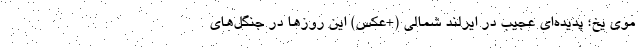
موی یخ؛ پدیده‌ای عجیب در ایرلند شمالی (+عکس) این روز‌ها در جنگل‌های